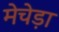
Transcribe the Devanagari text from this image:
मेचेड़ा